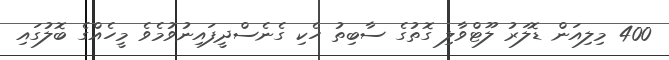
400 މިލިއަން ޑޮލަރު ލޫޓްވާލި ގޮތުގެ ސާބިތު ހެކި ގެނެސްދީފައިނުވުމެވެ މީހެއްގެ ބޮލުގައި